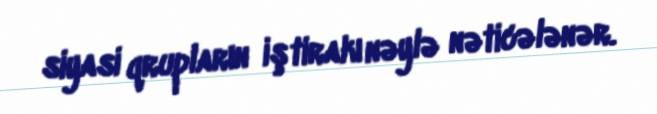
siyasi qrupların iştirakı nəylə nəticələnər.